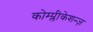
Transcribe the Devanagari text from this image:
कोम्प्लीकेशन्ज़